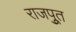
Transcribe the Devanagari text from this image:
राजपूुत